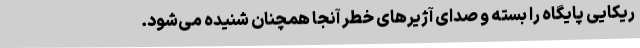
ریکایی پایگاه را بسته و صدای آژیرهای خطر آنجا همچنان شنیده می‌شود.